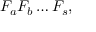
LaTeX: F _ { a } F _ { b } \dots F _ { s } ,